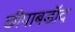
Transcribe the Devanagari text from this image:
छीपाबडॉद